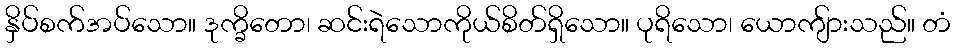
နှိပ်စက်အပ်သော။ ဒုက္ခိတော၊ ဆင်းရဲသောကိုယ်စိတ်ရှိသော။ ပုရိသော၊ ယောကျ်ားသည်။ တံ